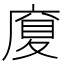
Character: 𪪜